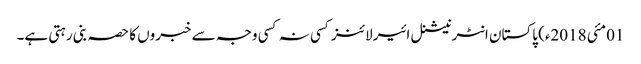
01مئی 2018ء) پاکستان انٹرنیشنل ائیر لائنز کسی نہ کسی وجہ سے خبروں کا حصہ بنی رہتی ہے۔